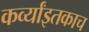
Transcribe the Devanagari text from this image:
कर्व्यांइतकाच